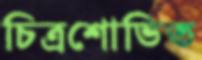
চিত্রশোভিত